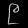
Digit: ၉